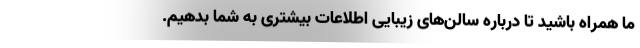
ما همراه باشید تا درباره سالن‌های زیبایی اطلاعات بیشتری به شما بدهیم.